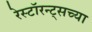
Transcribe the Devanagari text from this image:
रेस्टॉरन्ट्सच्या